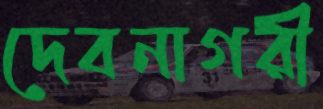
দেবনাগরী